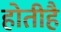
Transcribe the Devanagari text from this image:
होतीहै